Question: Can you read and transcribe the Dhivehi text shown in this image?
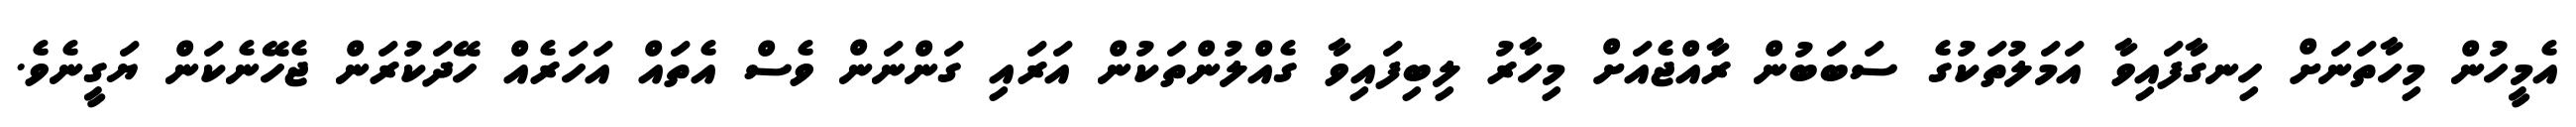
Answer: އެމީހުން މިހާތަނަށް ހިނގާފައިވާ އަމަލުތަކުގެ ސަބަބުން ރާއްޖެއަށް މިހާރު ލިބިފައިވާ ގެއްލުންތަކުން އަރައި ގަންނަން ވެސް އެތައް އަހަރެއް ހޭދަކުރަން ޖެހޭނެކަން ޔަގީނެވެ.